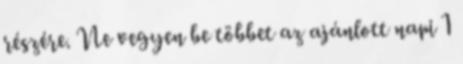
részére. Ne vegyen be többet az ajánlott napi 1